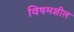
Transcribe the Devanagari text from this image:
विषमशील